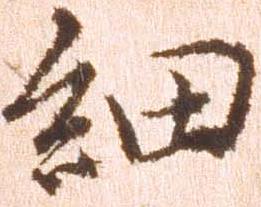
細